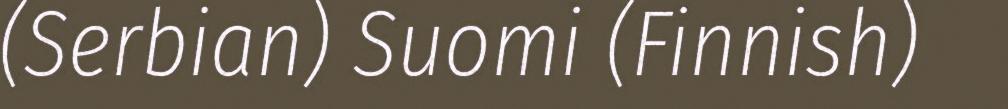
(Serbian) Suomi (Finnish)